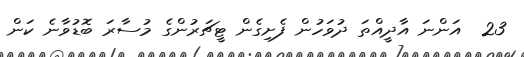
23  އަންނަ އާދީއްތަ ދުވަހުން ފެށިގެން ޓީޗަރުންގެ މުސާރަ ބޮޑުވާނެ ކަން